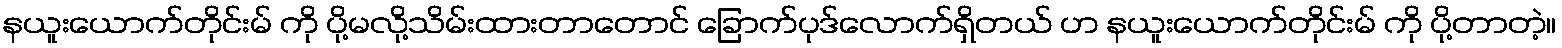
နယူးယောက်တိုင်းမ် ကို ပို့မလို့သိမ်းထားတာတောင် ခြောက်ပုဒ်လောက်ရှိတယ် ဟ နယူးယောက်တိုင်းမ် ကို ပို့တာတဲ့။